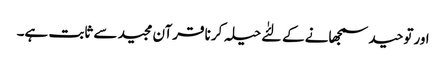
اورتوحید سمجھانے کے لئٰے حیلہ کرنا قرآن مجید سے ثابت ہے۔